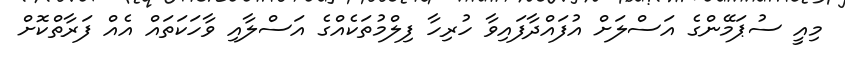
މިއީ ސުޕަމޭންގެ އަސްލަށް އުފައްދާފައިވާ ހުރިހާ ފިލްމުތަކެއްގެ އަސްލާއި ވާހަކަތައް އެއް ފަރާތްކޮށް